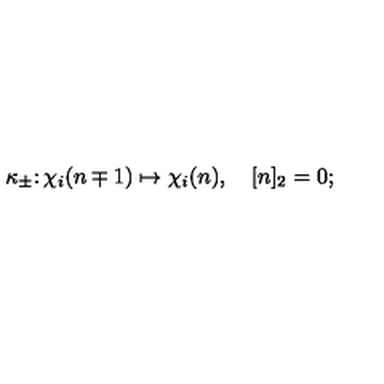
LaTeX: \kappa _ { \pm } \colon \chi _ { i } ( n \mp 1 ) \mapsto \chi _ { i } ( n ) , \quad [ n ] _ { 2 } = 0 ;